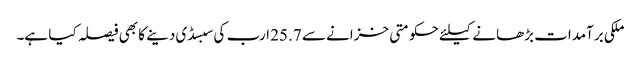
ملکی برآمدات بڑھانے کیلئے حکومتی خزانے سے 25.7 ارب کی سبسڈی دینے کا بھی فیصلہ کیا ہے۔